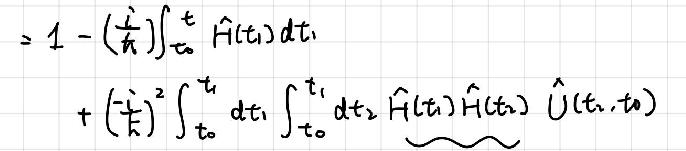
\begin{align*}
=&1 - (\frac{\dot{t}}{\hbar})\int_{t_0}^{t} \hat{H}(t_1)dt_1\\
&+ (\frac{\dot{t}}{\hbar})^2\int_{t_0}^{t} dt_1\int_{t_0}^{t_1} dt_2 \hat{H}(t_1)\hat{H}(t_2)\underbrace{\hat{U}(t_2,t_0)}
\end{align*}